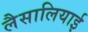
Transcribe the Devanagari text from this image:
लैसालियाई